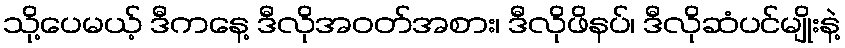
သို့ပေမယ့် ဒီကနေ့ ဒီလိုအဝတ်အစား၊ ဒီလိုဖိနပ်၊ ဒီလိုဆံပင်မျိုးနဲ့